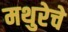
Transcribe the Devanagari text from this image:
मथुरेचे